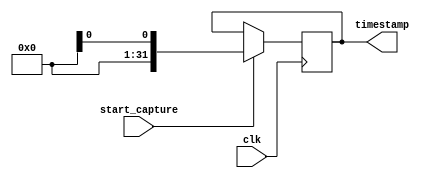
module timestamp_timer(
    input clk,
    input start_capture,
    output reg [31:0] timestamp
);

reg [31:0] counter;

always @(posedge clk) begin
    if (start_capture) begin
        timestamp <= $time;
    end
end

endmodule